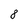
Character: 8